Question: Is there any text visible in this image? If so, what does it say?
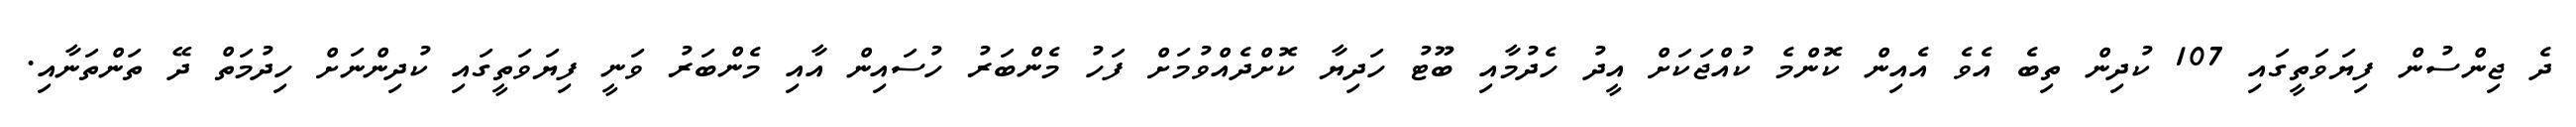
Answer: ދެ ޖިންސުން ފިޔަވަތީގައި 107 ކުދިން ތިބެ އެވެ އެއިން ކޮންމެ ކުއްޖަކަށް އީދު ހެދުމާއި ބޫޓު ހަދިޔާ ކޮށްދެއްވުމަށް ފަހު މެންބަރު ހުސައިން އާއި މެންބަރު ވަނީ ފިޔަވަތީގައި ކުދިންނަށް ހިދުމަތް ދޭ ތަންތަނާއި.